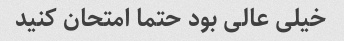
خیلی عالی بود حتما امتحان کنید